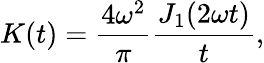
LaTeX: K(t)=\frac{4\omega^{2}}{\pi}\frac{J_{1}(2\omega t)}{t},